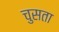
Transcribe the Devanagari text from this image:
चुसता